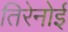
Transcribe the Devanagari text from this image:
तिरेनोई